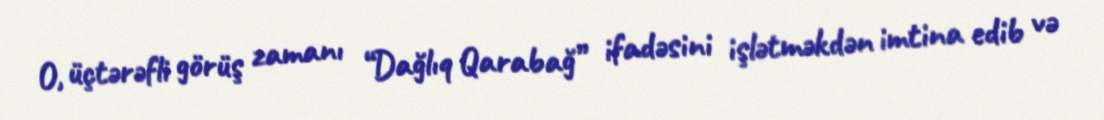
O, üçtərəfli görüş zamanı “Dağlıq Qarabağ” ifadəsini işlətməkdən imtina edib və